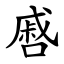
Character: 㗤